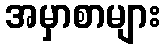
အမှာစာများ